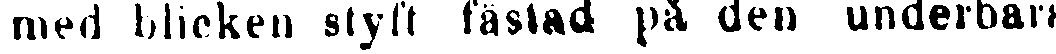
med blicken styft fästad på den underbara